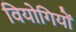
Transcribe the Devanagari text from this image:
वियोगियों